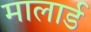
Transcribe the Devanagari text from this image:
मालार्ड